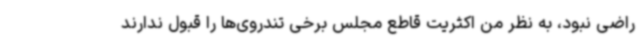
راضی نبود، به نظر من اکثریت قاطع مجلس برخی تندروی‌ها را قبول ندارند